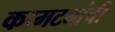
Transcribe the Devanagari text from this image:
कामट्यांची